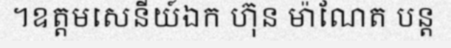
។ឧត្តមសេនីយ៍ឯក ហ៊ុន ម៉ាណែត បន្ត